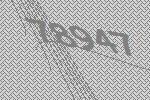
78947